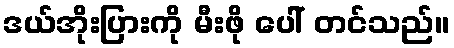
ဒယ်အိုးပြားကို မီးဖို ပေါ် တင်သည်။